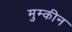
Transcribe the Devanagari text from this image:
मुम्कीन